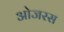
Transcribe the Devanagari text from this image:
ओजरस